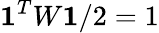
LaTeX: \mathbf{1}^{T}W\mathbf{1}/2=1